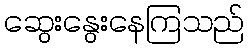
ဆွေးနွေးနေကြသည်